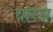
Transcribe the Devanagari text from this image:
चारस